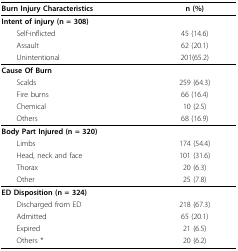
| Burn Injury Characteristics | n (%) |
 | --- | --- |
 | Intent of injury (n = 308) |  |
 | Self-inflicted | 45 (14.6) |
 | Assault | 62 (20.1) |
 | Unintentional | 201(65.2) |
 | Cause Of Burn |  |
 | Scalds | 259 (64.3) |
 | Fire burns | 66 (16.4) |
 | Chemical | 10 (2.5) |
 | Others | 68 (16.9) |
 | Body Part Injured (n = 320) |  |
 | Limbs | 174 (54.4) |
 | Head, neck and face | 101 (31.6) |
 | Thorax | 20 (6.3) |
 | Other | 25 (7.8) |
 | ED Disposition (n = 324) |  |
 | Discharged from ED | 218 (67.3) |
 | Admitted | 65 (20.1) |
 | Expired | 21 (6.5) |
 | Others * | 20 (6.2) |